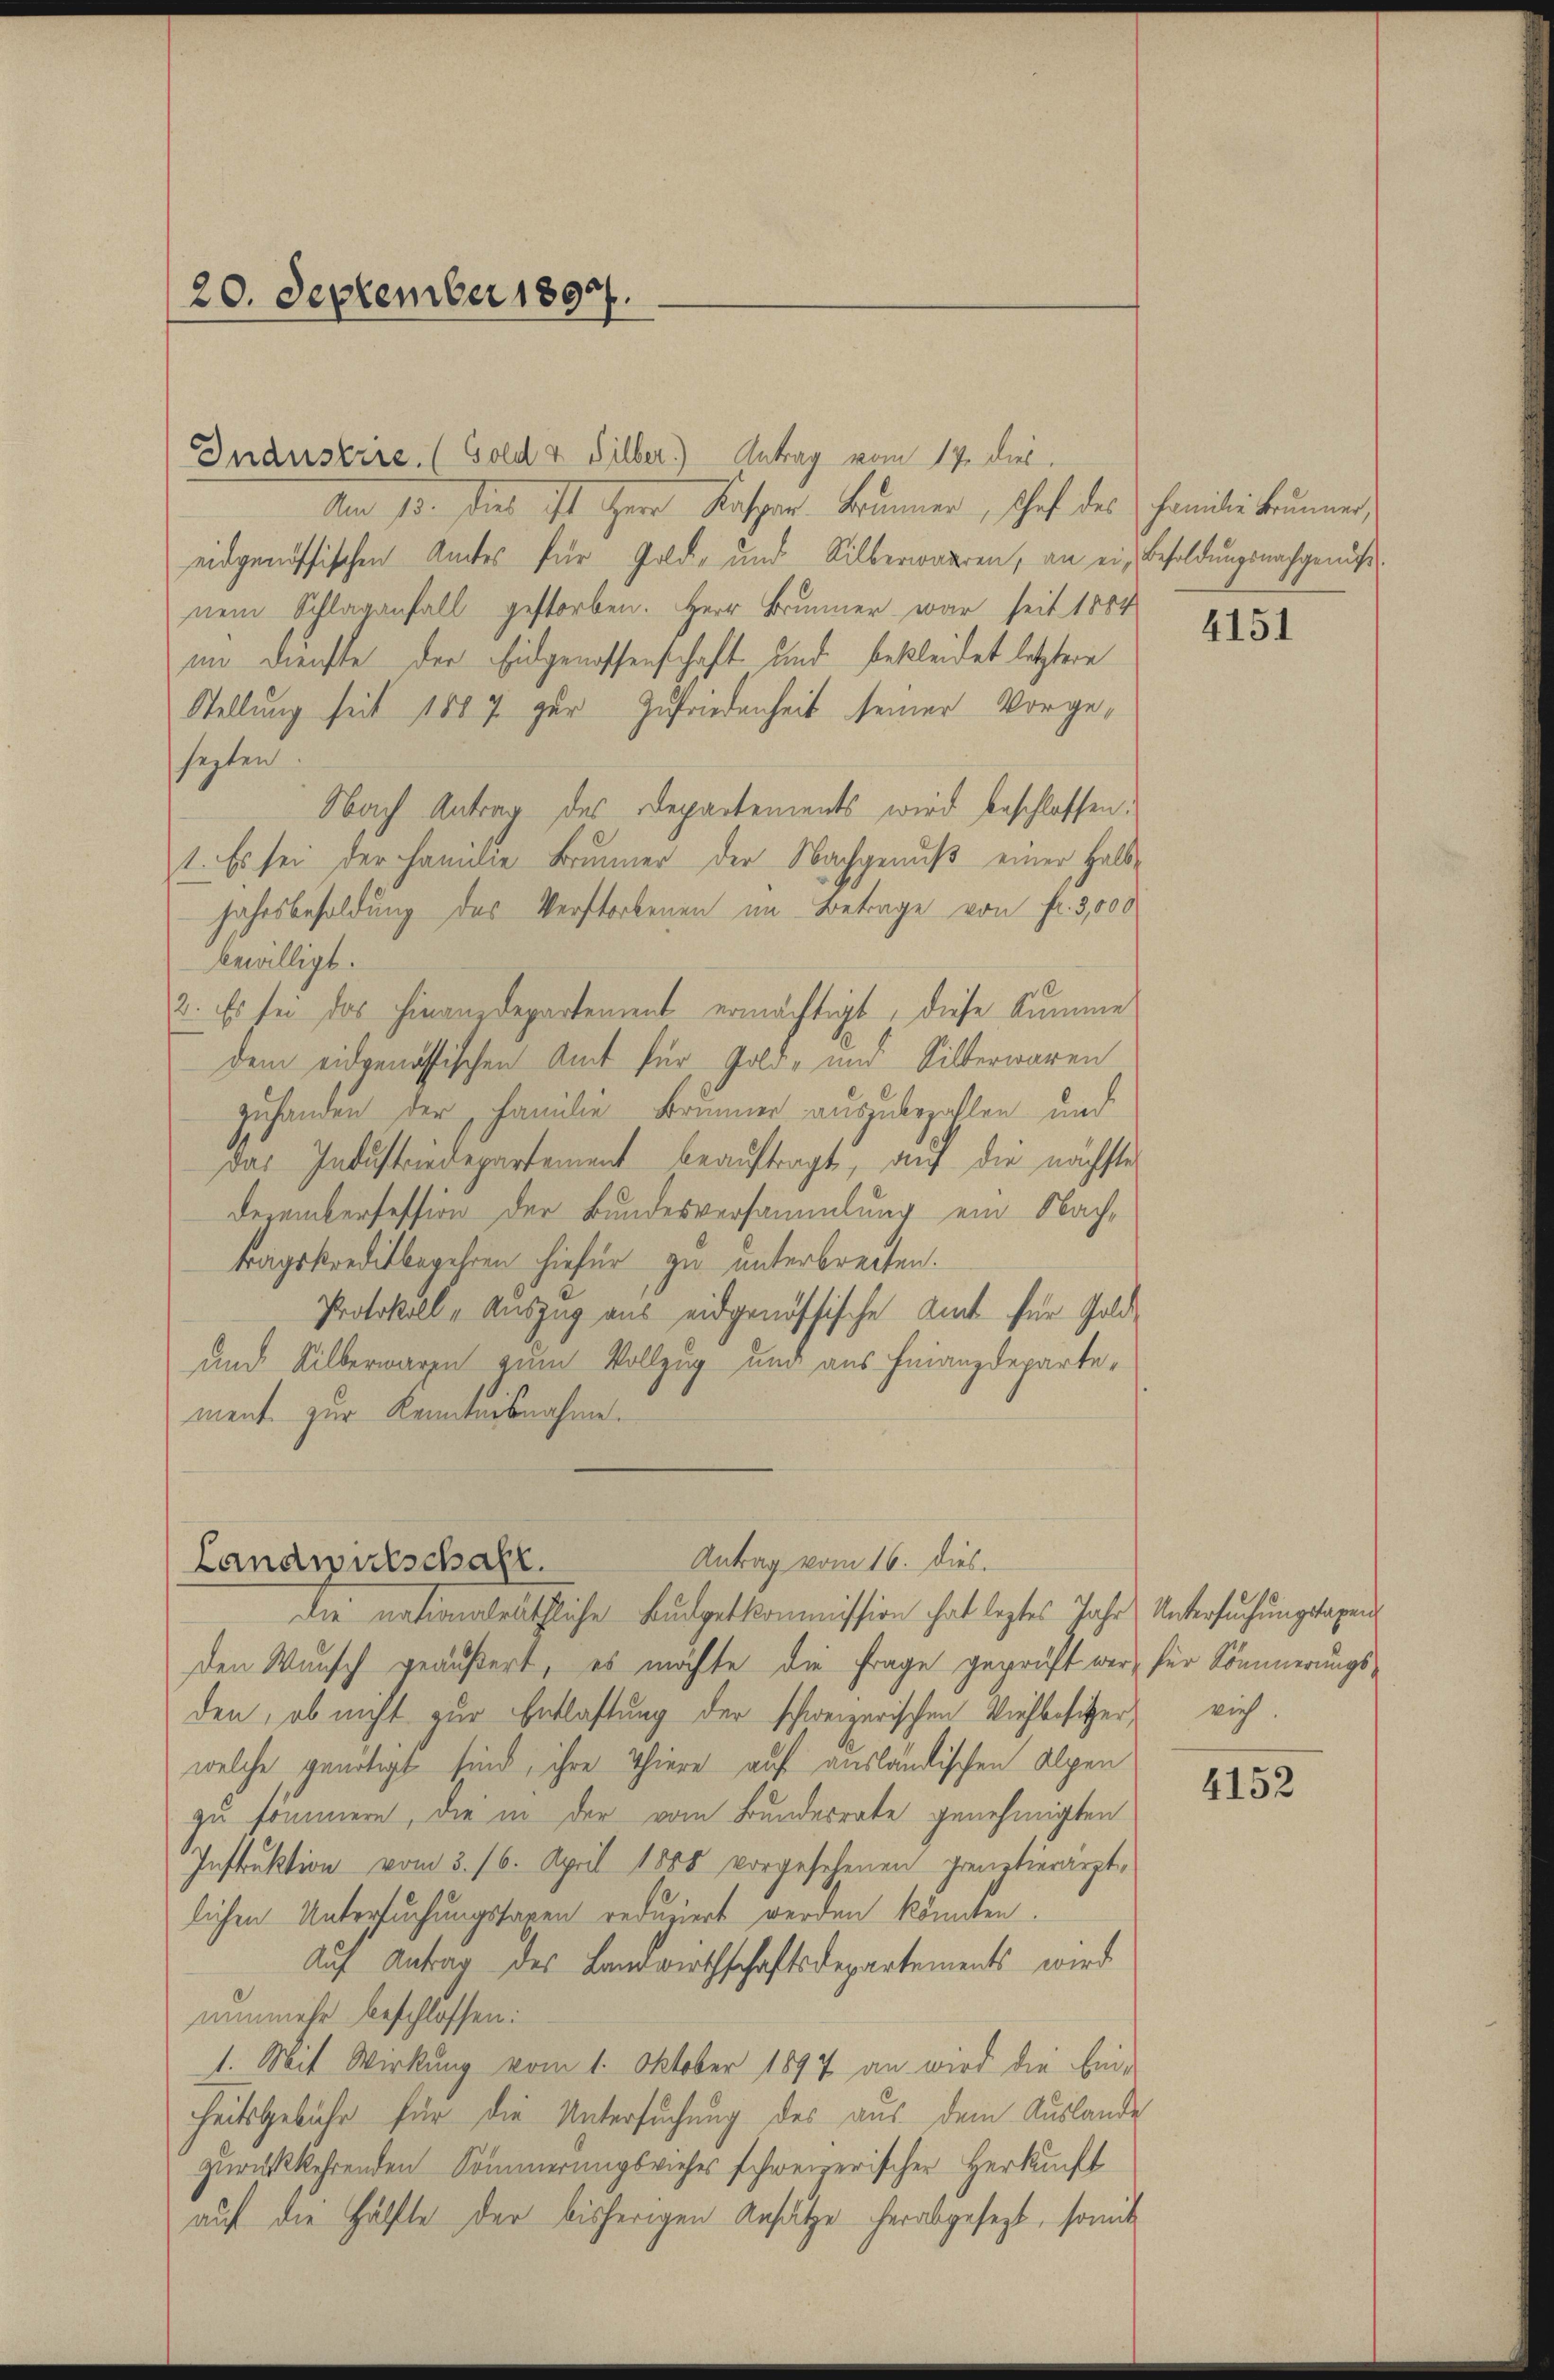
20. September 1897.

Inanstire. (Gold & Silber.) Antrag vom 17. dies
Am 13. Dies ist Herr Kaspar Brunner, schaft des Familie Brunner,
eidgenössischen Amtes für Gold- und Silberwaaren, an ein Besoldungsnachgenuß.
nem Schlaganfall gestorben. Herr Brunner war seit 1804
im Dienste der Eidgenossenschaft und bekleidet letztere
Stellung seit 1887 zur Zufriedenheit seiner Vorgesezten
Nach Antrag des Departements wird beschlossen.
1. Es sei der Familie Brunner der Nachgenuß einer Halb-
Jahrsbesoldung des Verstorbenen im Betrage von fl. 3,000
bewilligt.
2. Es sei das hinanzdepartement ermächtigt, diese Summe
dem eidgenössischen Amt für Gold- und Silberwaren
zuhanden der Familie Brunner auszubezahlen und
das Industriedepartement beaŭftragt, auf die nächster
Dezembersession der Bundesversammlung ein Nachtragskreditbegehren hiefür zu unterbrechen.
Protokoll, Auszug aus eidgenössische Amt für Gold¬
und Silberwaren zum Vollzug und aus Finanzdepartement zur Kenntnisnahme.

Antrag vom 16. dies.
Landwirtschaft.

Die nationalräthliche Budgetkommission hat leztes Jahr Untersuchungstaxen
Den Wunsch geäußert, es möchte die Frage geprüft war, für Sömmerungsden, ob nicht zur Entlastung der schweizerischen Viehbesitzer viel
welche genötigt sind, ihre Thiere auf ausländischen Alpen
zu sommern, die in der vom Bundesrate genehmigten
Instruktion vom 3. 16. April 1888 vorgesehenen grenztierarzt
lichen Untersuchungstaxen reduziert werden könnten.
Auf Antrag des Landwirthschaftsdepartements wird
nunmehr beschlossen:
1. Mit Wirkung vom 1. Oktober 1897 an wird die Ein-
heitsgebühr für die Untersuchung des aus dem Auslande
zurückkehrenden Sommerungsviehes schweizerischer Herkunft
auf die Hälfte der bisherigen Ansätze herabgesezt, somit

4151

4152